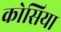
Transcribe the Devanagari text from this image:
कोसिया